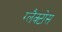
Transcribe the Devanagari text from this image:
ग्लैक्टोस